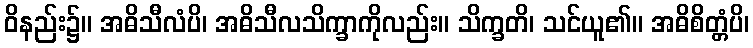
ဝိနည်း၌။ အဓိသီလံပိ၊ အဓိသီလသိက္ခာကိုလည်း။ သိက္ခတိ၊ သင်ယူ၏။ အဓိစိတ္တံပိ၊